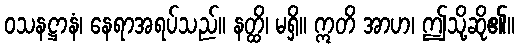
ဝသနဋ္ဌာနံ၊ နေရာအရပ်သည်။ နတ္ထိ၊ မရှိ။ ဣတိ အာဟ၊ ဤသို့ဆို၏။